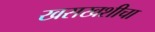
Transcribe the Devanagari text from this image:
खसखशीचा